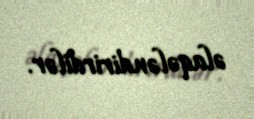
əlaqələndirirdilər.